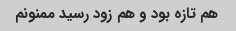
هم تازه بود و هم زود رسید ممنونم